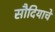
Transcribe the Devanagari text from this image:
सौदियाचे